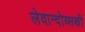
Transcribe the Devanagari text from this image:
लेवान्दोव्सकी